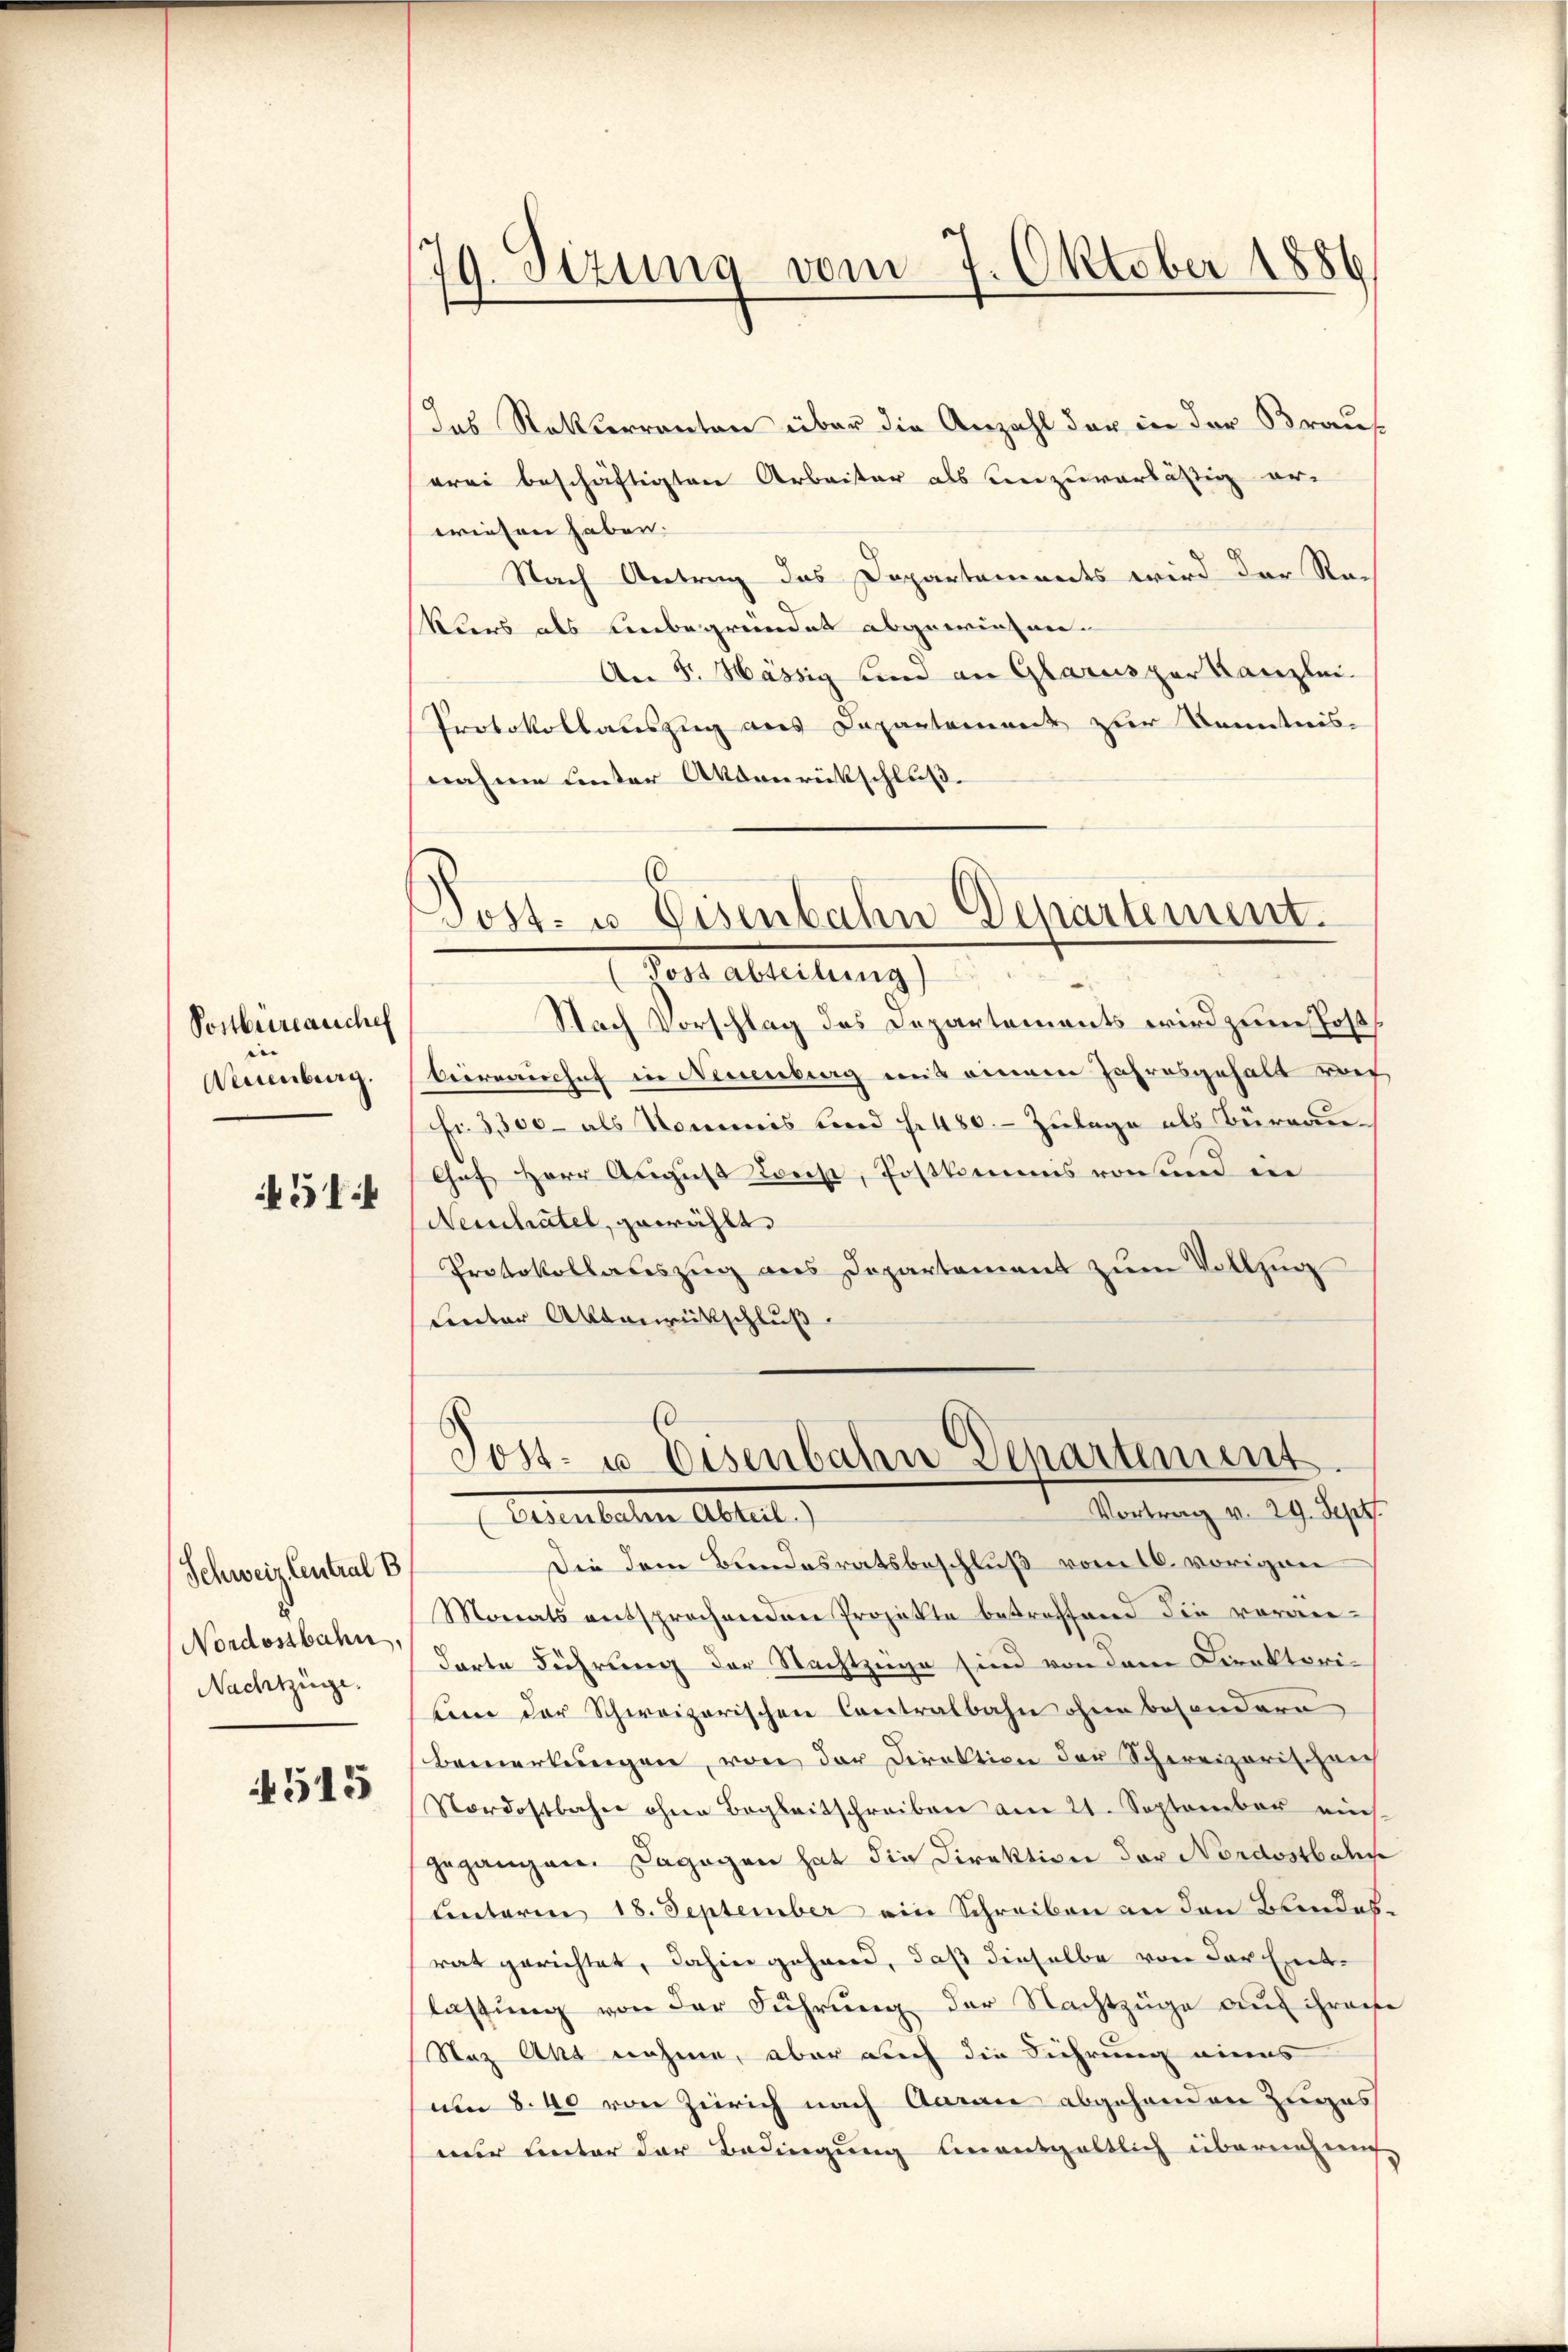
Postbüreauchel
Neuenburg.

514

Schweiz Central B
Nordostbahn,
Nachtzüge.

4515

79. Sizung vom 7. Oktober 1886

das Rathserranton über die Anzahl der in der Brau
erei beschäftigten Arbeiter als einzuverlässig er-
wiesen haben.
Nach Antrag das Departements wird der Re-
Kurs als unbegründet abgewiesen.
An F. Hässig sind an Glarus par Kanzlei.
Protokollauszug aus Departement zur Kenntnis-
nahme unter Aktenrückschluß.

0
Dost- u. Eisenbahn Departement.

Post- u. Eisenbahn Departement
Vortrag v. 29. Sept.

Rest ableitung)
Nach Vorschlag des Departements wird zum Postbeirerischef in Neuenburg aus einem Jahresgehalt rec
Fr. 3500 – als Kommis und S. 480. - Zulage als Büreau¬
Chef Herr August Leist, Postkommnis von und in
Neihatel, gewählt.
Protokollateszug aus Departement zum Vollzug
Lentor Altanrückschluß
Bedeuteten Altert. 1
Die dem Bundesratsbeschluß vom 16. vorigen
Monats entsprochenden Projekte betreffend die vorandarte Führung der Nachtzüge sind von dem Direktoritiner der Schweizerischen Contralbahn ohne besondere
Bemerkungen, von der Direktion der Schweizerischen
Nordostbahn ohne Begleitschreiben am 21. September ein
gegangen. Dagegen hat die Direktion der Nordostbahn
unterm 18. September ein Schreiben an den Brendesrat gerichtet, dahin gehand, daß dieselbe von der Entlassung von der Führung der Nachtzüge auf ihrente
Staz Akt nehme, aber auch die Führung eines
um 8. 40 von Zürich nach Aarau abgehenden Zuges
nur unter der Bedingung unentgeltlich übernehmig